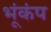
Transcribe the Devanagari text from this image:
भूंकंप